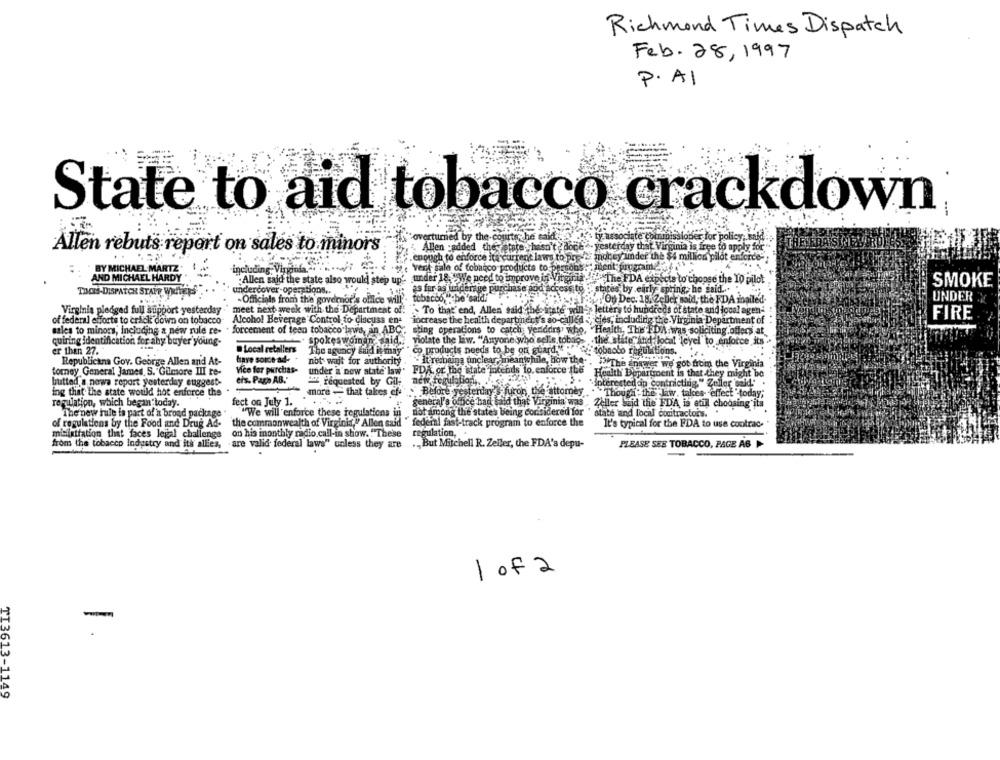
Richmond Times Dispatch
Feb. 28, 1997
P.A1
State to aid tobacco crackdown
Allen rebuts report on sales to minors
Allen :added thevetate >hasn't doce
.enough to enforce its current laws to pre-
money imder the $4 million pilot enforce-
: verk sale of tobacco products to pe
"ment; program.
BY MICHAEL MARTZ
including, Virginia,
AND MICHAEL HARDY
.Allen said the state also would step up' under 18, SWe need to improve in Vite
The FDA expects to choose the TO pilot
SMOKE
undercover-operations ..
as far as underage purchase aod access to
-states by early spring, he sai
TIONS-DISPATCH START WHITE
tobacco,"
On Dec. 18 2c Der said, the FDA mailed.
UNDER
Virginia pledged full support yesterday
meet next week with the Department of. . To that' end, Allen said theestate w
letters to hundreds of state and local agen-
of federal efforts to crack down on tobacco
Alcohol Beverage Control to discuss en-
increase the health departindot's so-called
cies, including the Virginia Department of
FIRE
sales to minors, including a new rule re-
forcement of teen tobacco laws, an ABC ,, sting operations to catch yeniddrs who,
"Health, The FDA was soliciting.offers at
quiring identification for ahy buyer young-
spokeswoman said .? violate the liw. "Anyone who'
.the state and local level to enforce its
er than 27.
Local retailers
co products needs to b
of guard."
tobacco regulations
The agency said it may
Republicans Gov. George Allen and At-
have sonce ad-
not wait for authority
Itresbains unclear mn
atchile, how the-
"The answer we' got from the Virginia
tomey General Jamed, S. Gilmore III re-
Vice fer purchas-
under a new state law . PDA, or the state intends to enforce Ite
Health Department is that they might be
eis. Pago AB."
new regulation ,.
butted a nowa report yesterday euggest-
requested by Gil-
"interested an contricting." Zeller said."
ing that the state would hot enforce the
more - that takes ef.'"" Before yesterday's-furon, the 'attomey
Though the law. takes effect " today;
regulation, which began today.
fect on July 1.
general's office had said that Virginia was
Zeller Said the FDA is etill choosing its
""We will enforce these regulations in not among the states being considered for"
The new hule is part of a broad package
state and local contractors.
of regulations by the Food and Drug Ad-
the commonwealth of Virginia,"' Allen said " federal fast-track program to enforce the
It's typical for the FDA to use contrac-
ministration that faces legal challenge
on his inonthly radio call-in show. "These
regulation,
from the tobacco Industry and its allies,
are valid federal laws" unless they are
., But Mitchell R. Zeller, the FDA's depu-
PLEASE SEE TOBACCO, PAGE AG
1 of 2
-
TI3613-1149